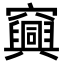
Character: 𥩆